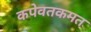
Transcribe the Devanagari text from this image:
कपेवतकमत